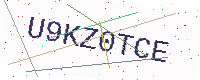
Text: U9KZ0TCE